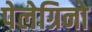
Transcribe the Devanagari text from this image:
पेलेग्रिनो